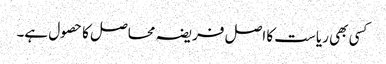
کسی بھی ریاست کا اصل فریضہ محاصل کا حصول ہے۔